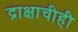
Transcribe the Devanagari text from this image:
द्राक्षाचीही